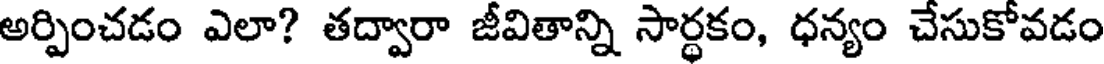
అర్పించడం ఎలా? తద్వారా జీవితాన్ని సార్థకం, ధన్యం చేసుకోవడం